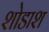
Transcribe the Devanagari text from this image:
शोडाश